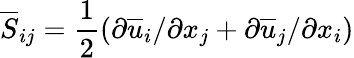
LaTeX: \overline{{S}}_{ij}=\frac{1}{2}(\partial\overline{{u}}_{i}/\partial x_{j}+\partial\overline{{u}}_{j}/\partial x_{i})